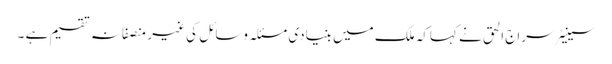
سینیٹر سراج الحق نے کہاکہ ملک میں بنیادی مسئلہ وسائل کی غیر منصفانہ تقسیم ہے ۔